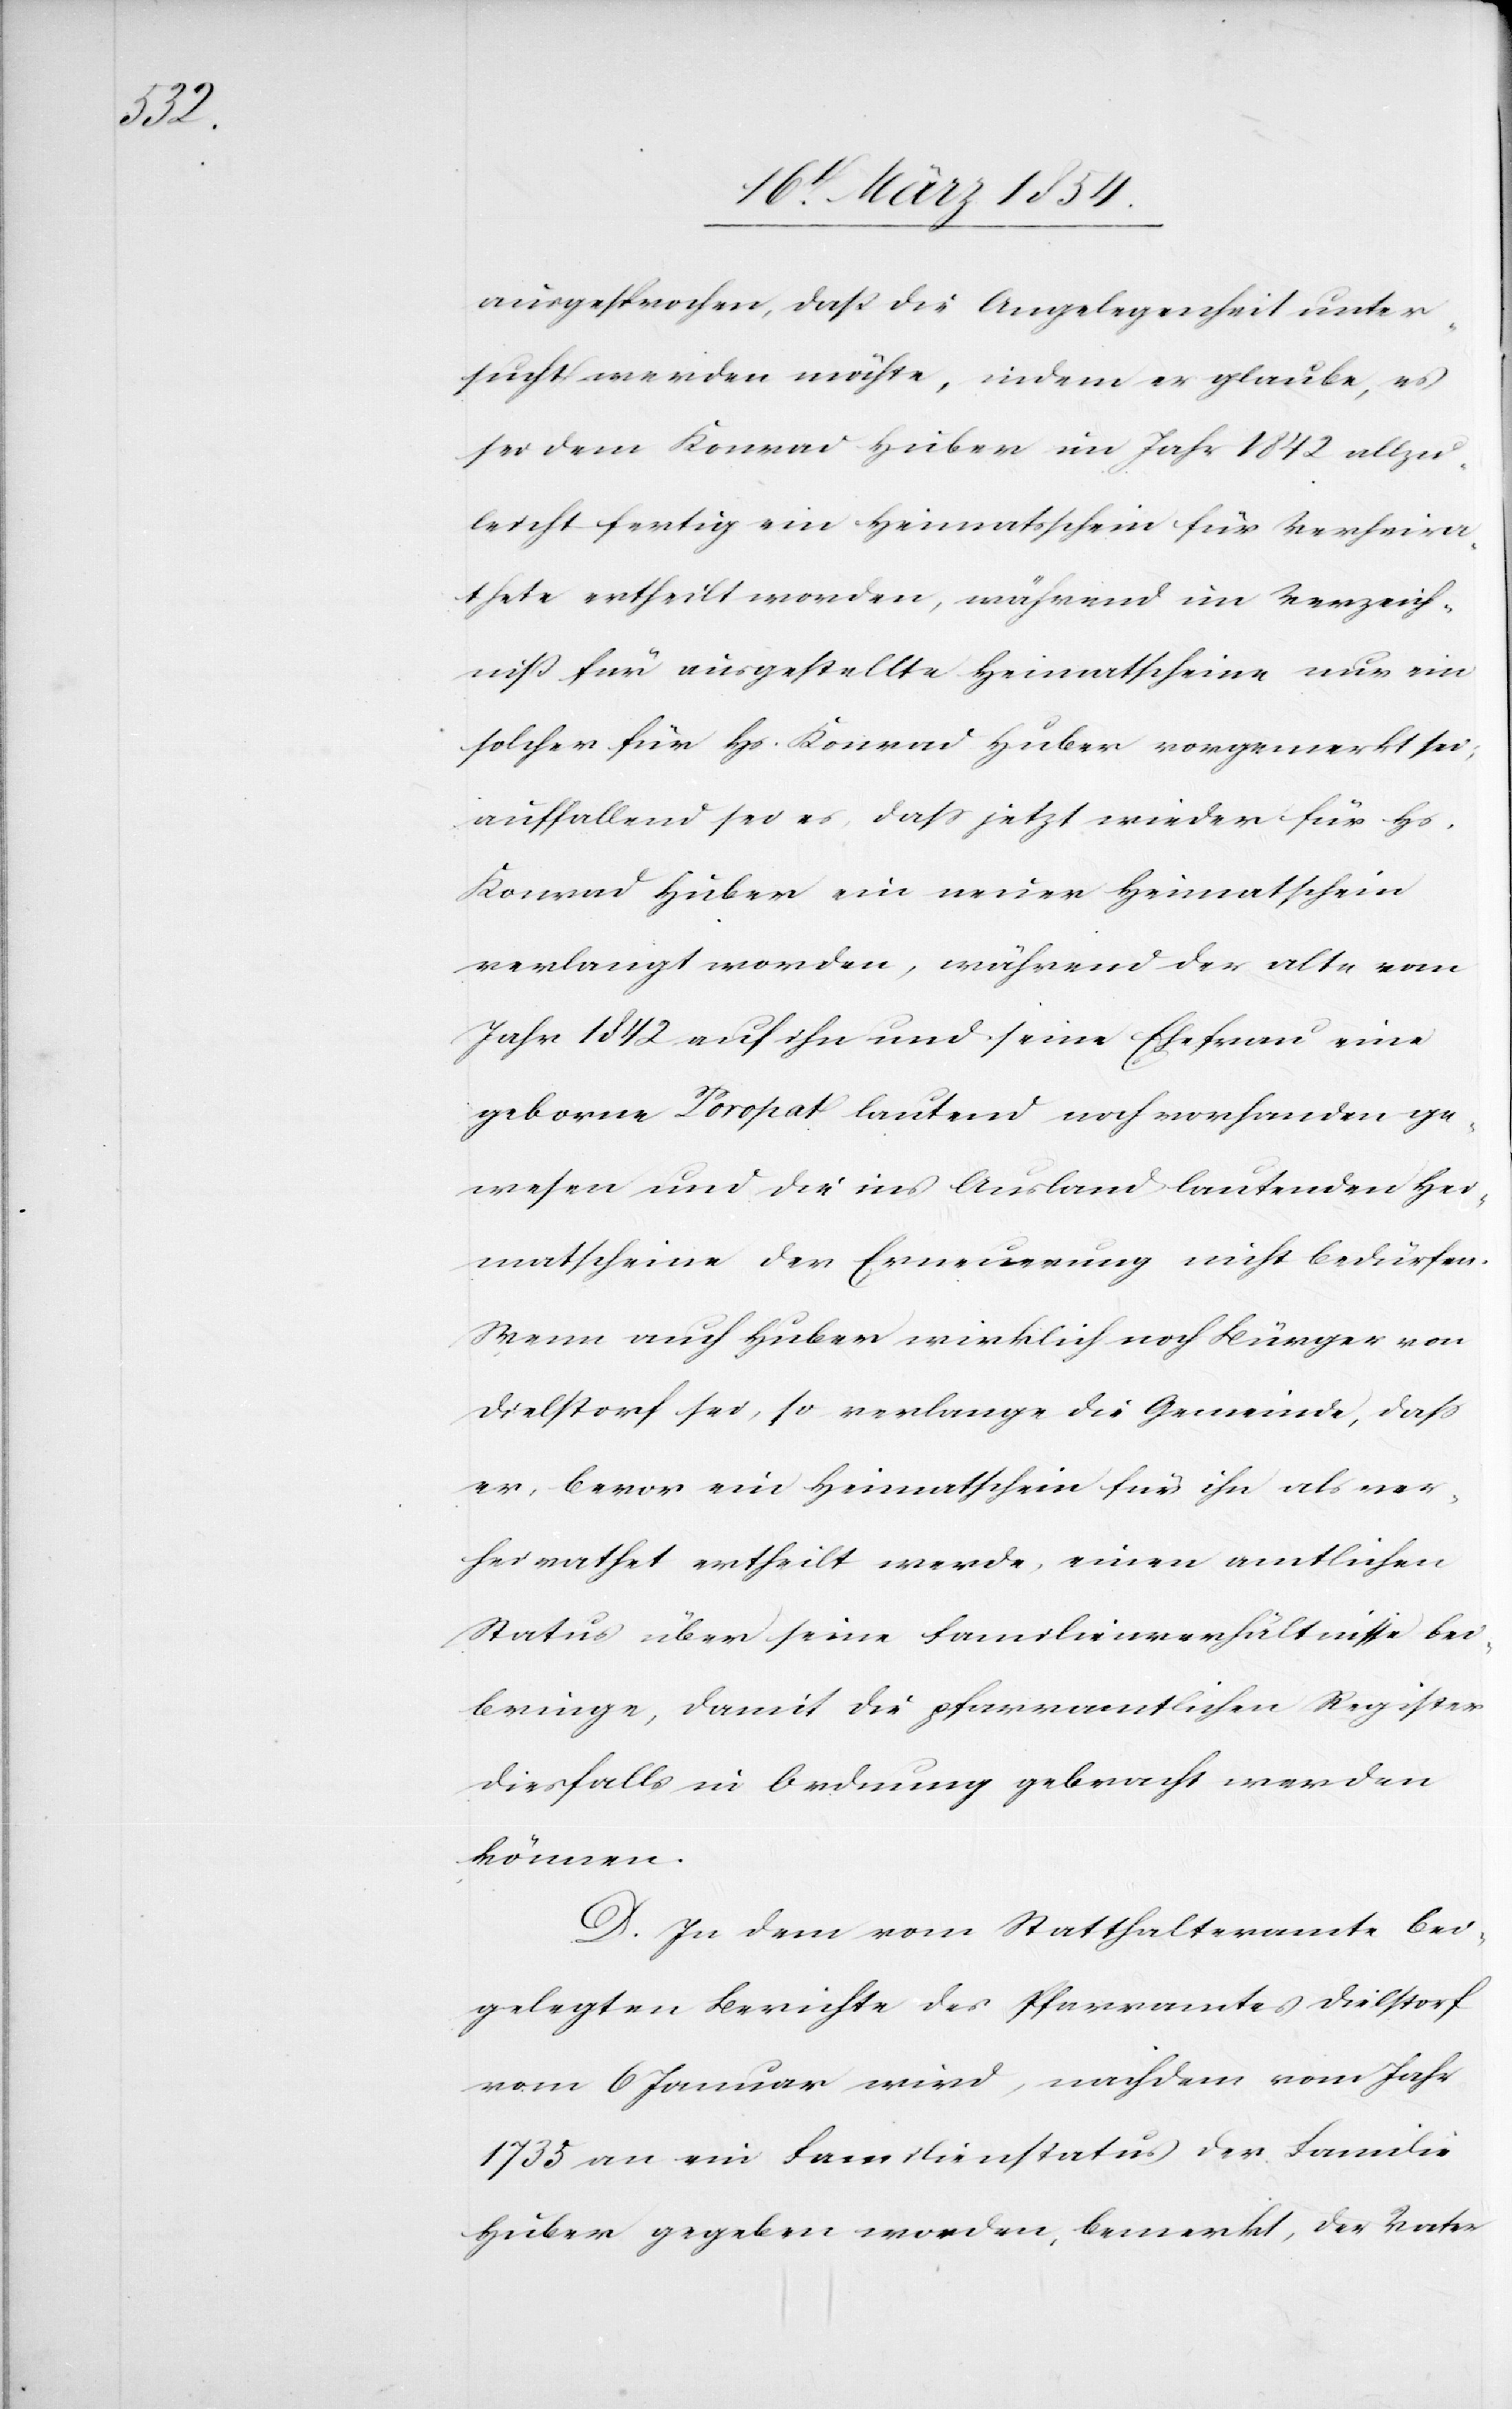
ausgesprochen, daß die Angelegenheit unter¬
sucht werden möchte, indem er glaube, es
sei dem Konrad Huber im Jahr 1842 allzu¬
leichtfertig ein Heimatschein für Verheira¬
thete ertheilt worden, während im Verzeich¬
niß für ausgestellte Heimatscheine nur ein
solcher für Hs. Konrad Huber vorgemerkt sei;
auffallend sei es, daß jetzt wieder für Hs.
Konrad Huber ein neuer Heimatschein
verlangt worden, während der alte vom
Jahr 1842 auf ihn und seine Ehefrau eine
geborene Toropat lautend noch vorhanden ge¬
wesen und die ins Ausland lautenden Hei¬
matscheine der Erneuerung nicht bedürfen.
Wenn auch Huber wirklich noch Bürger von
Dielstorf sei, so verlange die Gemeinde, daß
er, bevor ein Heimatschein für ihn als ver¬
heirathet ertheilt werde, einen amtlichen
Status über seine Familienverhältnisse bei¬
bringe, damit die pfarramtlichen Register
diesfalls in Ordnung gebracht werden
können.
D. In dem vom Statthalteramte bei¬
gelegten Berichte des Pfarramtes Dielstorf
vom 6 Januar wird, nachdem vom Jahr
1735 an ein Familienstatus der Familie
Huber gegeben worden, bemerkt, der Vater